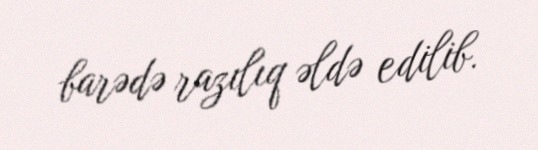
barədə razılıq əldə edilib.